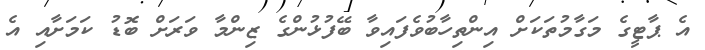
އެ ޕާޓީގެ މަގާމުތަކަށް އިންތިހާބުވެފައިވާ ބޭފުޅުންގެ ޒިންމާ ވަރަށް ބޮޑު ކަމަށާއި އެ